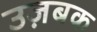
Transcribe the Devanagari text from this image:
उज़बक